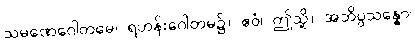
သမဏေဂေါတမေ၊ ရဟန်းဂေါတမ၌။ ဧဝံ၊ ဤသို့။ အဘိပ္ပသန္နော၊